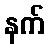
နက်